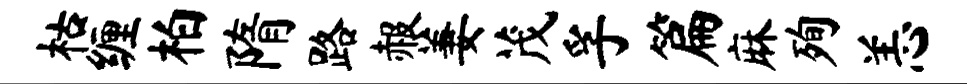
枯缠柏隋路赧萋茂孚篇麻殉恙